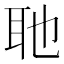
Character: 𮋭